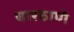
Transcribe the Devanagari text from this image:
चारठाणे